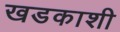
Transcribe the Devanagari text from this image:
खडकाशी